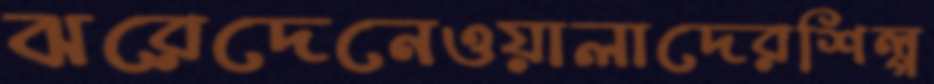
ঝরেদেনেওয়ালাদেরশিল্প